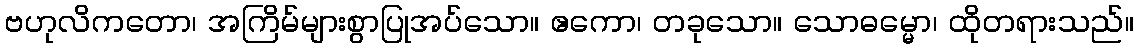
ဗဟုလိကတော၊ အကြိမ်များစွာပြုအပ်သော။ ဧကော၊ တခုသော။ သောဓမ္မော၊ ထိုတရားသည်။